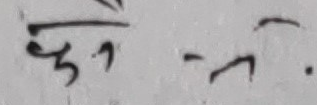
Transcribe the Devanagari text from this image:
छैन छ ।